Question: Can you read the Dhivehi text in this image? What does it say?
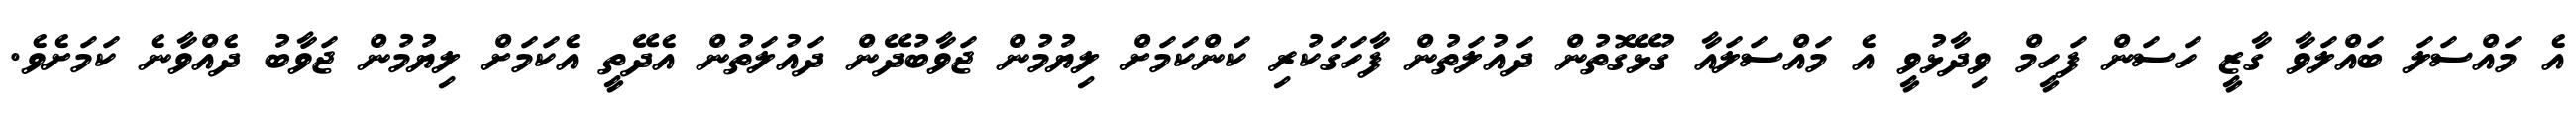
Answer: އެ މައްސަލަ ބައްލަވާ ގާޒީ ހަސަން ފަހީމް ވިދާޅުވީ އެ މައްސަލައާ ގުޅޭގޮތުން ދައުލަތުން ފާހަގަކުރި ކަންކަމަށް ލިޔުމުން ޖަވާބުދޭން ދައުލަތުން އެދޭތީ އެކަމަށް ލިޔުމުން ޖަވާބު ދެއްވާނެ ކަމަށެވެ.